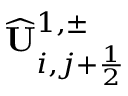
\widehat { \mathbf { U } } _ { i , j + \frac { 1 } { 2 } } ^ { 1 , \pm }